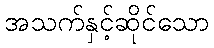
အသက်နှင့်ဆိုင်သော